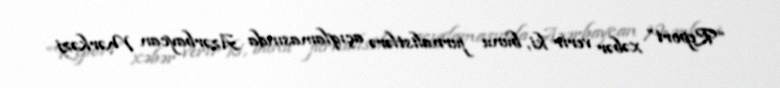
“Report” xəbər verir ki, bunu jurnalistlərə açıqlamasında Azərbaycan Mərkəzi